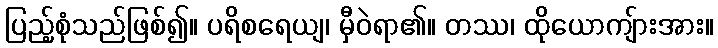
ပြည့်စုံသည်ဖြစ်၍။ ပရိစရေယျ၊ မှီဝဲရာ၏။ တဿ၊ ထိုယောကျ်ားအား။